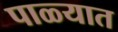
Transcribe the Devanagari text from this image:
पाळ्यात